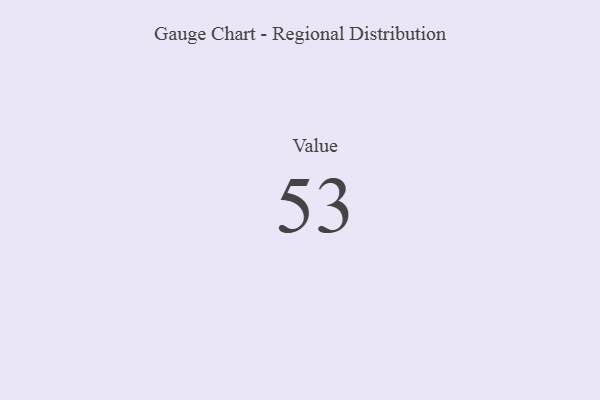
{"axis": {"x": "Metric", "y": "Value"}, "legend": [""], "data": [{"x": "Value", "y": 53, "type": ""}]}